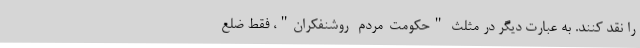
را نقد کنند. به عبارت دیگر در مثلث "حکومت-مردم- روشنفکران"، فقط ضلع